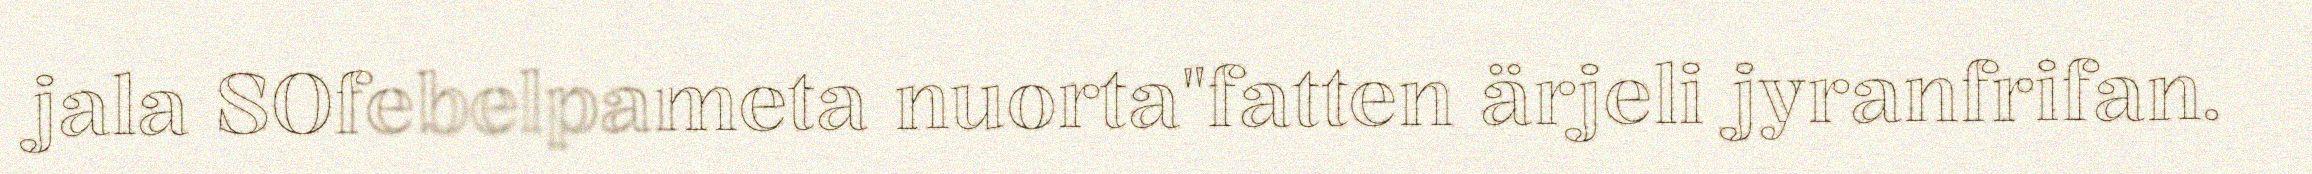
jala SOfebelpameta nuorta"fatten ärjeli jyranfrifan.